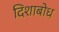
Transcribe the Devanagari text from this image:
दिशाबोध